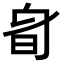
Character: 𣅞